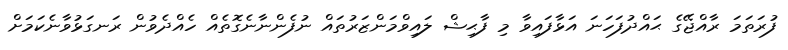
ފުރަތަމަ ރާއްޖޭގެ ޙައްދުފަހަނަ އަޅާފައިވާ މި ފާޙިޝް ލައިވްމަންޒަރުތައް ނުފެންނާނެގޮތެއް ހެއްދެވުން ރަނގަޅުވާނެކަމަށް